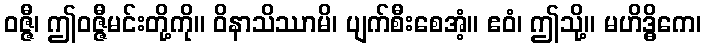
ဝဇ္ဇီ၊ ဤဝဇ္ဇီမင်းတို့ကို။ ဝိနာသိဿာမိ၊ ပျက်စီးစေအံ့။ ဧဝံ၊ ဤသို့။ မဟိဒ္ဓိကေ၊